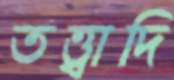
তত্ত্বাদি